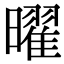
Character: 曜